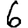
Digit: 6